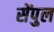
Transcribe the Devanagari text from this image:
सेंपुल